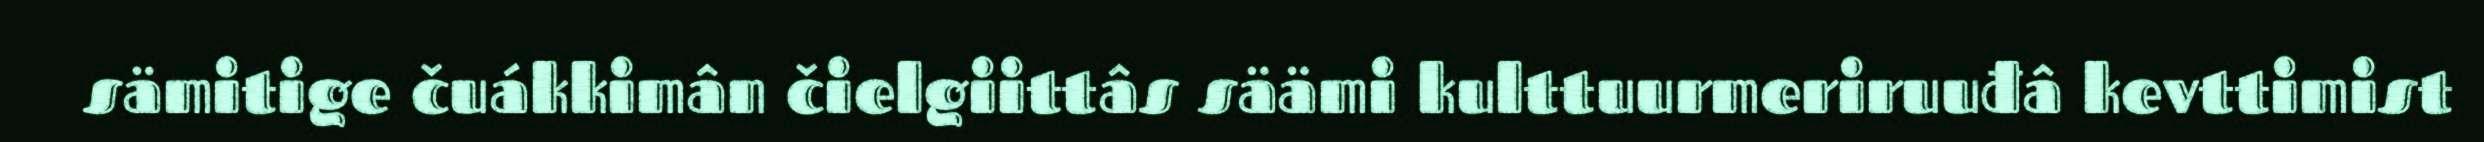
sämitige čuákkimân čielgiittâs säämi kulttuurmeriruuđâ kevttimist